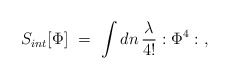
\begin{align*}S_{int}[\Phi]\ =\ \int dn\, {\lambda\over4!} :\Phi^4:\ ,\end{align*}